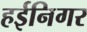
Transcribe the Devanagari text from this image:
हईनिगर